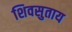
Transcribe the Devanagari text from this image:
शिवसुताय